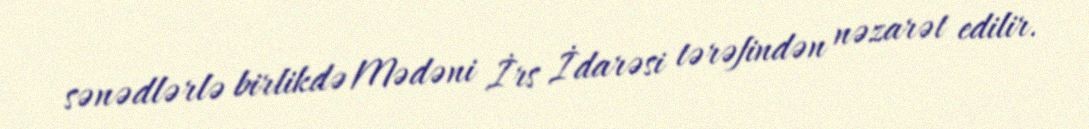
sənədlərlə birlikdə Mədəni İrs İdarəsi tərəfindən nəzarət edilir.